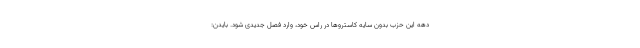
دهه این حزب بدون سایه کاستروها در راس خود، وارد فصل جدیدی شود. بایدن: